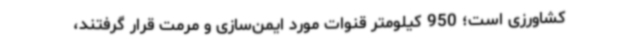
کشاورزی است؛ 950 کیلومتر قنوات مورد ایمن‌سازی و مرمت قرار گرفتند،